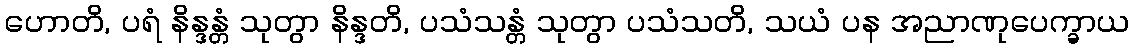
ဟောတိ, ပရံ နိန္ဒန္တံ သုတွာ နိန္ဒတိ, ပသံသန္တံ သုတွာ ပသံသတိ, သယံ ပန အညာဏုပေက္ခာယ